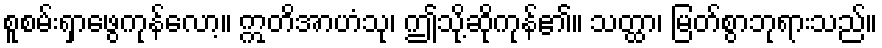
စူစမ်းရှာဖွေကုန်လော့။ ဣတိအာဟံသု၊ ဤသို့ဆိုကုန်၏။ သတ္ထာ၊ မြတ်စွာဘုရားသည်။